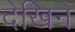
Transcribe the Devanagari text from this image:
देखिने